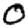
Digit: 0